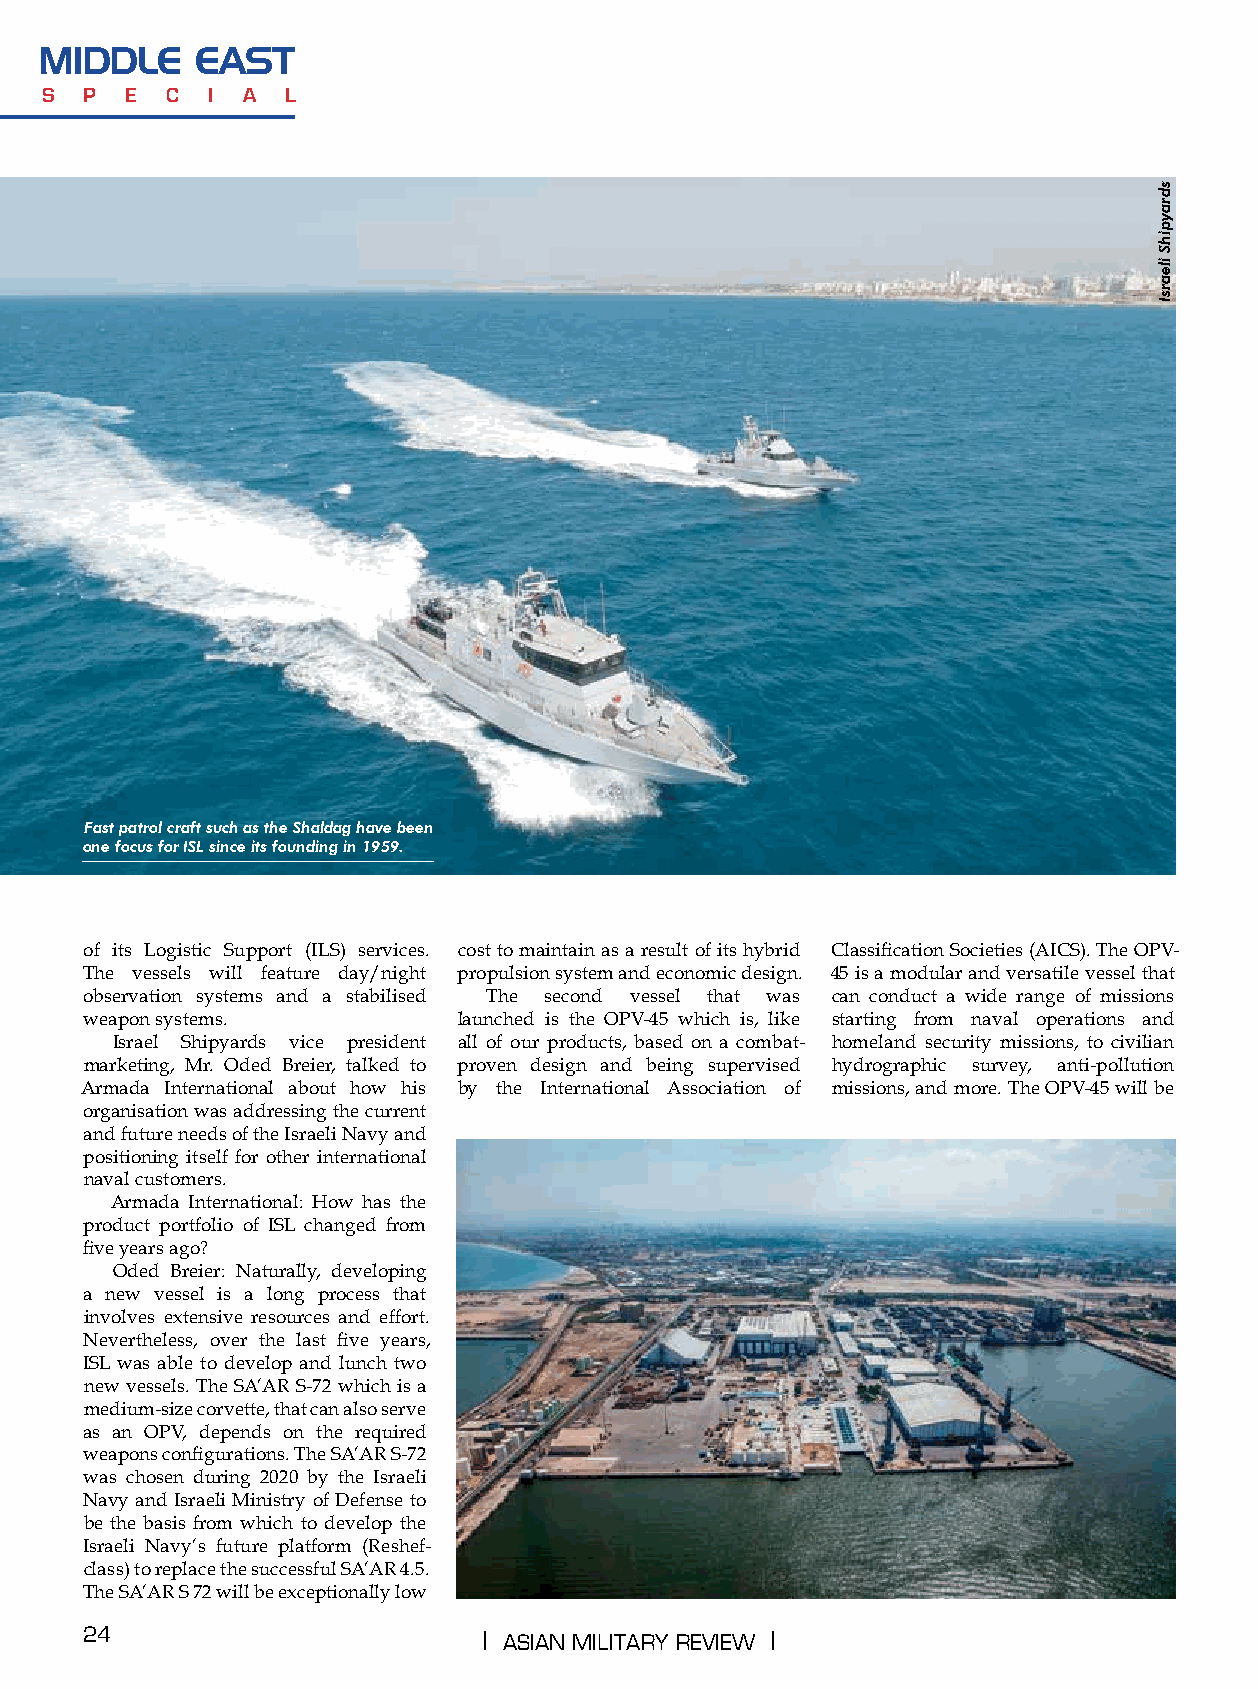
middle    east
 s  p e  c  i a  l
 Fast patrol craft such as the Shaldag have been
 one focus for ISL since its founding in 1959.
 of its Logistic Support (ILS) services. cost to maintain as a result of its hybrid Classification Societies (AICS). The OPV-
 The vessels will feature day/night propulsion system and economic design. 45 is a modular and versatile vessel that
 observation systems and a stabilised The second vessel that was can conduct a wide range of missions
 weapon systems.         launched is the OPV-45 which is, like starting from naval operations and
 Israel Shipyards vice president all of our products, based on a combat- homeland security missions, to civilian
 marketing, Mr. Oded Breier, talked to proven design and being supervised hydrographic survey, anti-pollution
 Armada International about how his by the International Association of missions, and more. The OPV-45 will be
 organisation was addressing the current
 and future needs of the Israeli Navy and
 positioning itself for other international
 naval customers.
 Armada International: How has the
 product portfolio of ISL changed from
 five years ago?
 Oded Breier: Naturally, developing
 a new vessel is a long process that
 involves extensive resources and effort.
 Nevertheless, over the last five years,
 ISL was able to develop and lunch two
 new vessels. The SA’AR S-72 which is a
 medium-size corvette, that can also serve
 as an OPV, depends on the required
 weapons configurations. The SA’AR S-72
 was chosen during 2020 by the Israeli
 Navy and Israeli Ministry of Defense to
 be the basis from which to develop the
 Israeli Navy’s future platform (Reshef-
 class) to replace the successful SA’AR 4.5.
 The SA’AR S 72 will be exceptionally low
 24                         | AsiAn MilitAry review |
 sdraypihS
 ilearsI